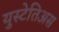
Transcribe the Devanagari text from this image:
युस्टेतिअस